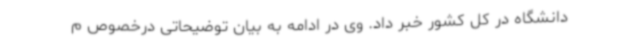
دانشگاه در کل کشور خبر داد. وی در ادامه به بیان توضیحاتی درخصوص م